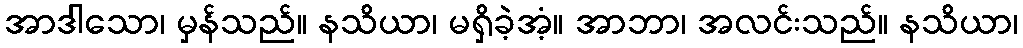
အာဒါသော၊ မှန်သည်။ နသိယာ၊ မရှိခဲ့အံ့။ အာဘာ၊ အလင်းသည်။ နသိယာ၊